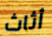
أثاث